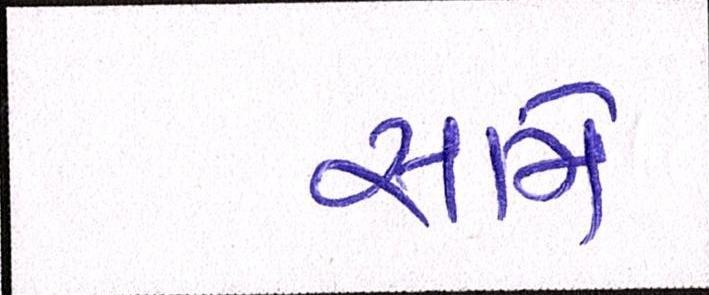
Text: સામે